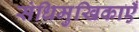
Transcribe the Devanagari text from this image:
संधिमुखिकाएँ